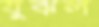
যুঝল